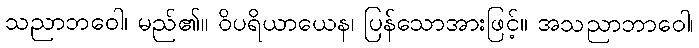
သညာဘဝေါ၊ မည်၏။ ဝိပရိယာယေန၊ ပြန်သောအားဖြင့်။ အသညာဘာဝေါ၊